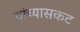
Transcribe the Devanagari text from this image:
यांच्यासकट